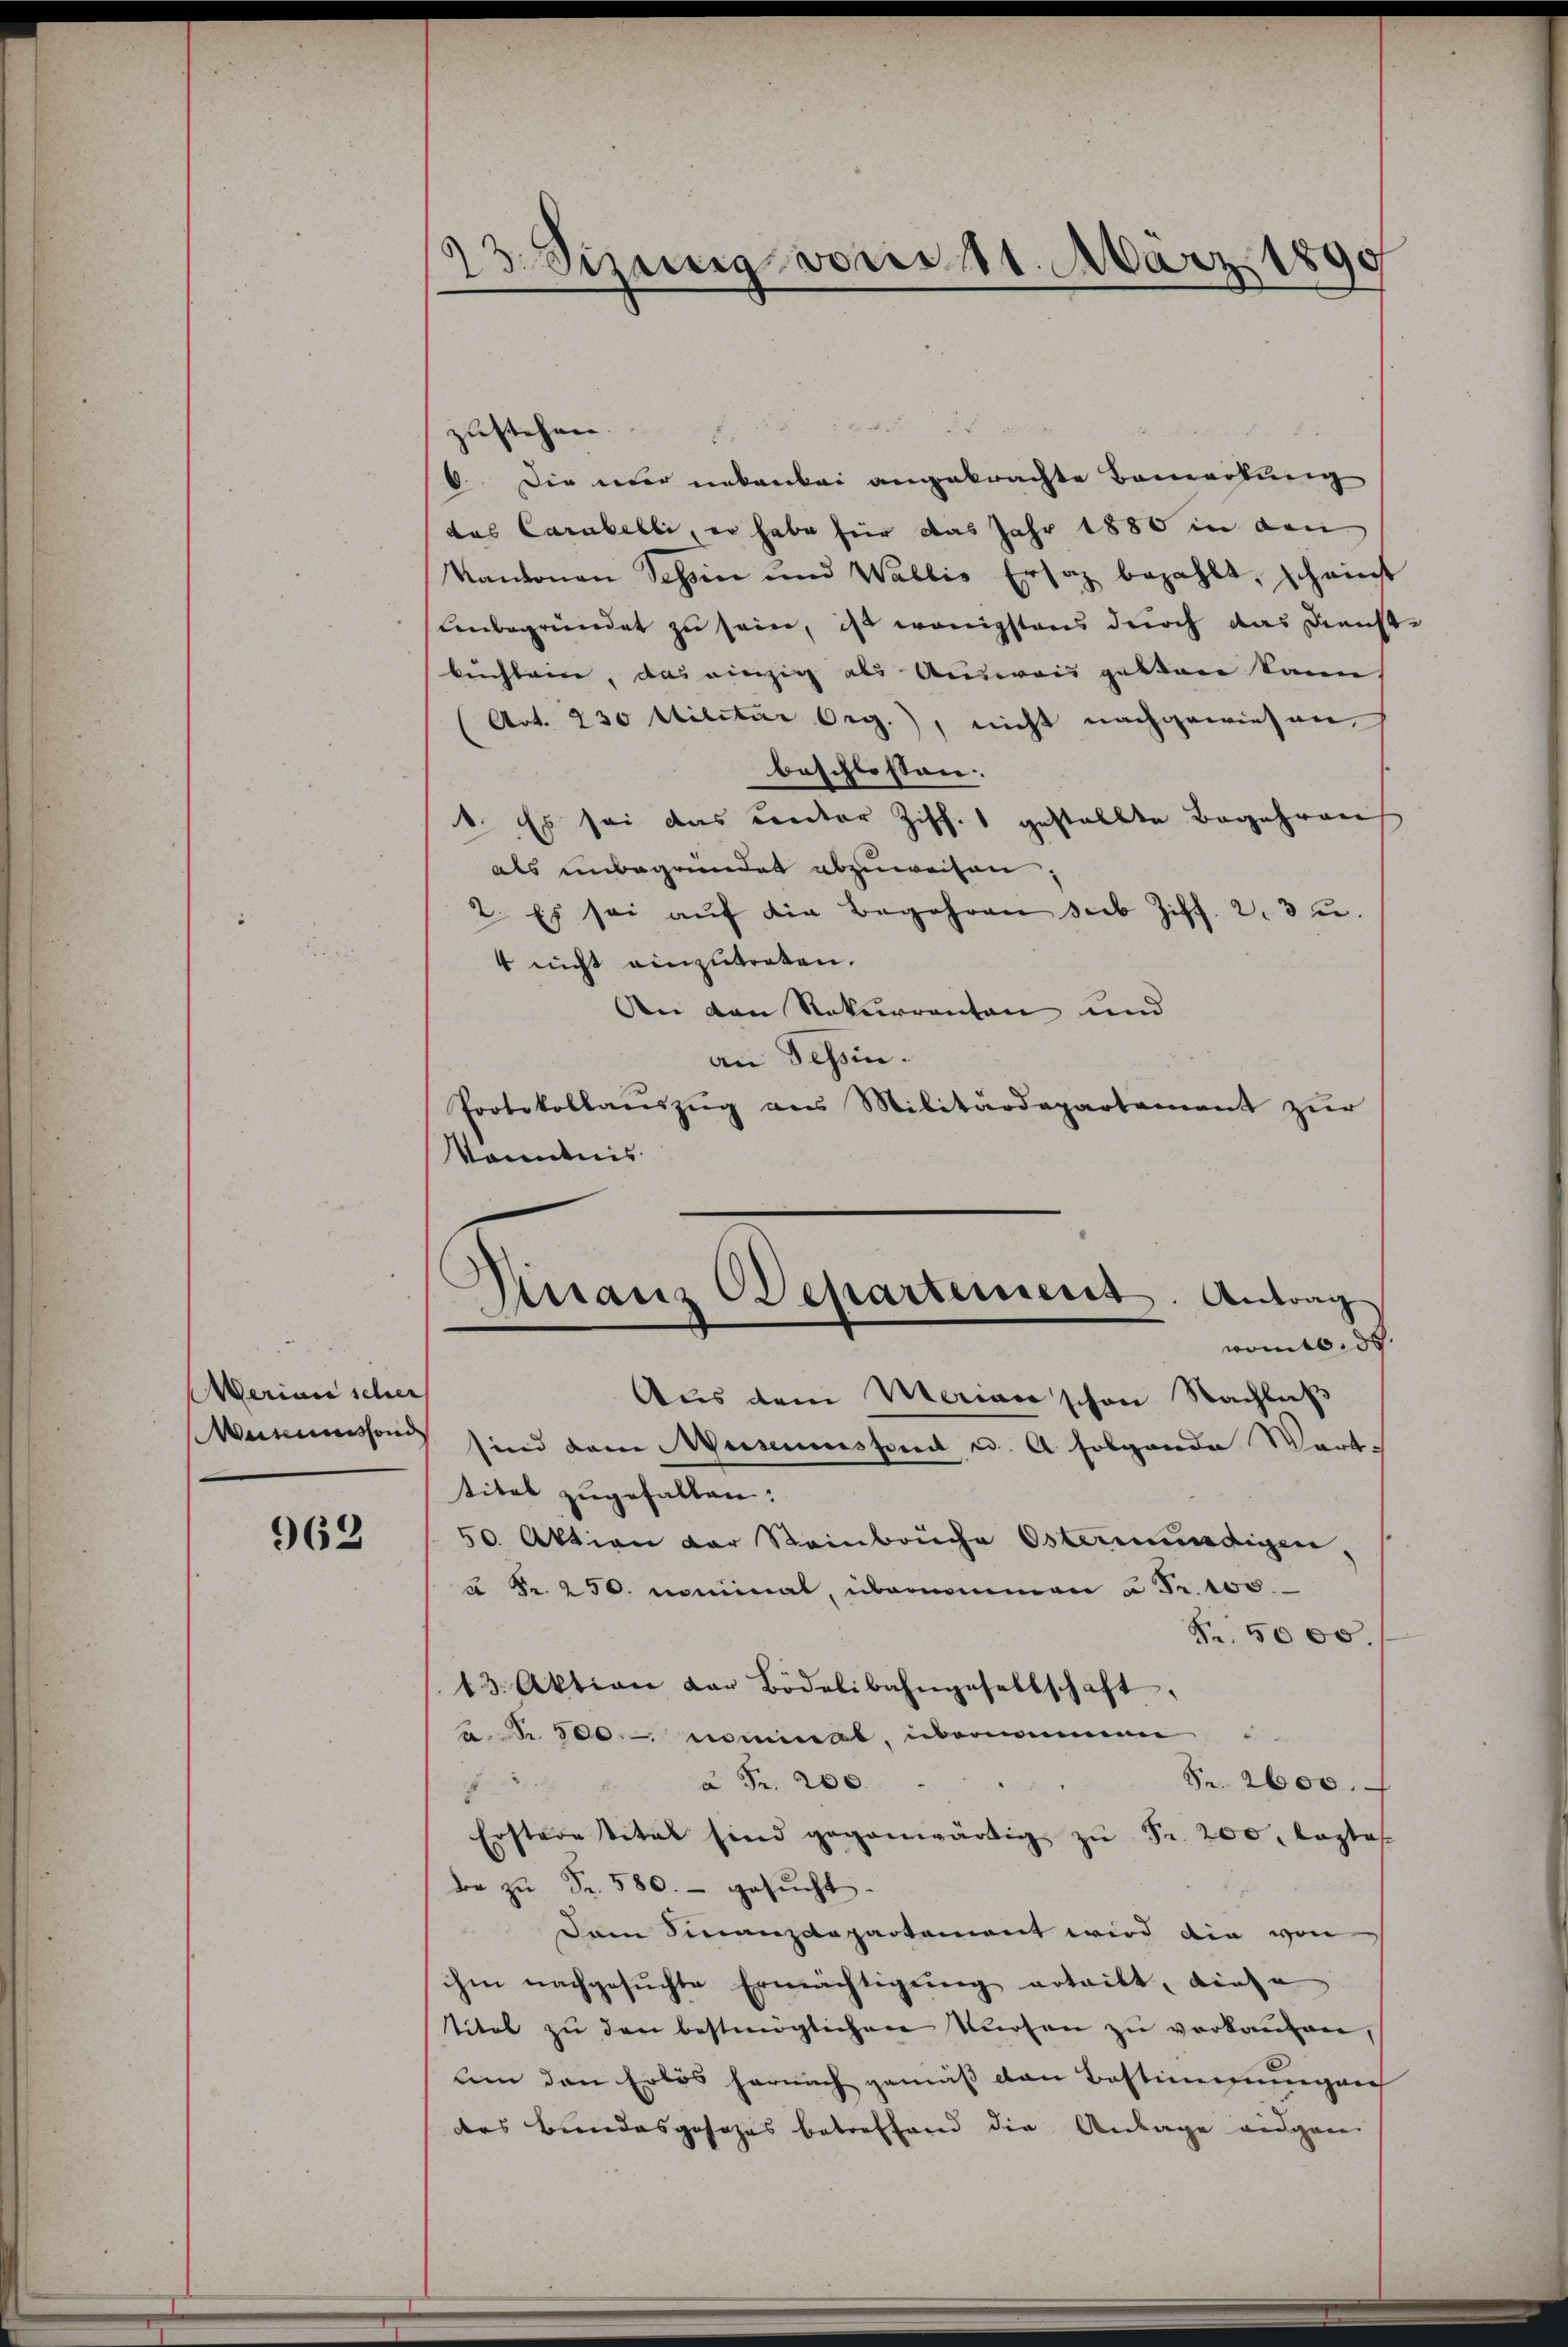
Merian scher

963

13. Sitzung vom 11. März 1890

zustehen.
6. Die nur unkenbei angebrachte Bemerkung
das Carabelli, er habe für das Jahr 1880 in den
Kanonen Tessin und Wallis Ersatz bezahlt, scheinst
Unbegründet zu sein, ist wenigstens durch das Dienste
beichlein, das einzig als Ausweis gesten kann,
(Art. 230 Militar Org.), nicht nachgewiesen,
beschlossen:
1. Es sei das Cantor Ziff. 1 gestellte Begehren
als unbegründet abzuweisen
2. Es sei aŭf die Begehren sieb Ziff. 2. 3 u.
4 nicht einzutreten.
Aen den Rekurrenten und
an Tessin.
Protokollauszug aus Militärdepartement zur
Kenntnis

Granz Odepartement. Antrag
womit de

Aus dem Merian schon Nachlaß
Menusson sind dem Museumsfond u. A. Folgende Wart-
titel zugefallen.
50 Aktion der Steinbrüche Ostermündigen,
u Fr. 250. nominal, übernommen u Fr. 100.
Nr. 5000.
13. Aktion dar Bödelibahngesellschaft,
a. § 300. Kommat, übernommen
Fr. 2600.
à Fr. 200.
.
Erstere titel sind gegenwärtig zŭ Fr. 200, lastes
de zŭ Fr. 580.- gesucht.
Dam Finanzdepartement wird die von
ihm nachgesuchte Ermächtigung erteilt, diese
titel zŭ den bestmöglichen Karten zŭ verkaŭfen,
um den Erlös hernach gemäß den Bestimmungen
des Bundesgofohes betreffend die Anlage eidgen